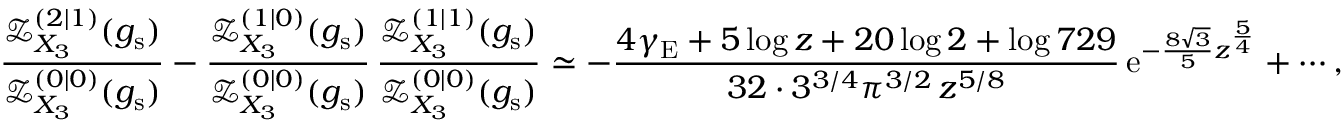
\frac { \mathcal { Z } _ { X _ { 3 } } ^ { ( 2 | 1 ) } ( g _ { \mathrm { s } } ) } { \mathcal { Z } _ { X _ { 3 } } ^ { ( 0 | 0 ) } ( g _ { \mathrm { s } } ) } - \frac { \mathcal { Z } _ { X _ { 3 } } ^ { ( 1 | 0 ) } ( g _ { \mathrm { s } } ) } { \mathcal { Z } _ { X _ { 3 } } ^ { ( 0 | 0 ) } ( g _ { \mathrm { s } } ) } \, \frac { \mathcal { Z } _ { X _ { 3 } } ^ { ( 1 | 1 ) } ( g _ { \mathrm { s } } ) } { \mathcal { Z } _ { X _ { 3 } } ^ { ( 0 | 0 ) } ( g _ { \mathrm { s } } ) } \simeq - \frac { 4 \gamma _ { \mathrm { E } } + 5 \log z + 2 0 \log 2 + \log 7 2 9 } { 3 2 \cdot 3 ^ { 3 / 4 } \pi ^ { 3 / 2 } \, z ^ { 5 / 8 } } \, { \mathrm { e } } ^ { - \frac { 8 \sqrt { 3 } } { 5 } z ^ { \frac { 5 } { 4 } } } + \cdots ,